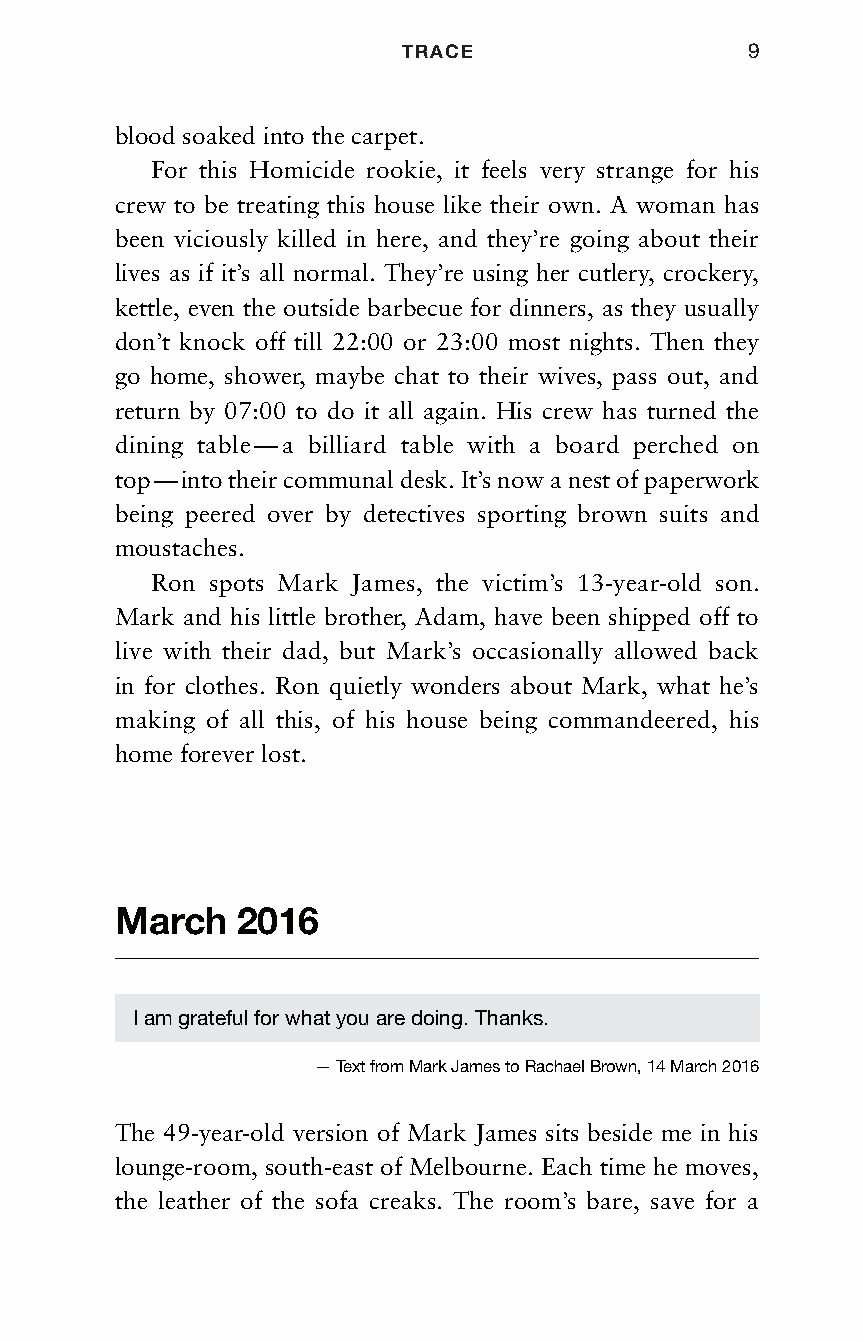
TRACE                  9
 blood soaked into the carpet.
 For this Homicide rookie, it feels very strange for his
 crew to be treating this house like their own. A woman has
 been viciously killed in here, and they’re going about their
 lives as if it’s all normal. They’re using her cutlery, crockery,
 kettle, even the outside barbecue for dinners, as they usually
 don’t knock off till 22:00 or 23:00 most nights. Then they
 go home, shower, maybe chat to their wives, pass out, and
 return by 07:00 to do it all again. His crew has turned the
 dining table — a billiard table with a board perched on
 top — into their communal desk. It’s now a nest of paperwork
 being peered over by detectives sporting brown suits and
 moustaches.
 Ron spots Mark James, the victim’s 13-year-old son.
 Mark and his little brother, Adam, have been shipped off to
 live with their dad, but Mark’s occasionally allowed back
 in for clothes. Ron quietly wonders about Mark, what he’s
 making of all this, of his house being commandeered, his
 home forever lost.
 March   2016
 I am grateful for what you are doing. Thanks.
 — Text from Mark James to Rachael Brown, 14 March 2016
 The 49-year-old version of Mark James sits beside me in his
 lounge-room, south-east of Melbourne. Each time he moves,
 the leather of the sofa creaks. The room’s bare, save for a
 Trace_pages_MP07.indd 9                             30/5/18 14:28